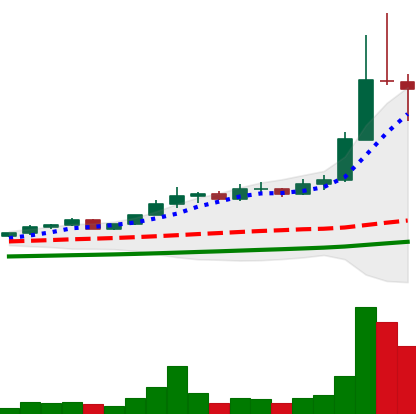
Ticker: ETC-USD
Chart end date: 2021-04-18
Forward return: -12.024%
Label: down_7plus